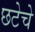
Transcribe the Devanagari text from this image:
छटेचे